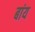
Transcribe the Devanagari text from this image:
बांय